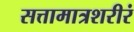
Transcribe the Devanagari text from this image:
सत्तामात्रशरीरं